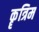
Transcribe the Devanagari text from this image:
कॄत्रिम